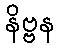
နိဗ္ဗန